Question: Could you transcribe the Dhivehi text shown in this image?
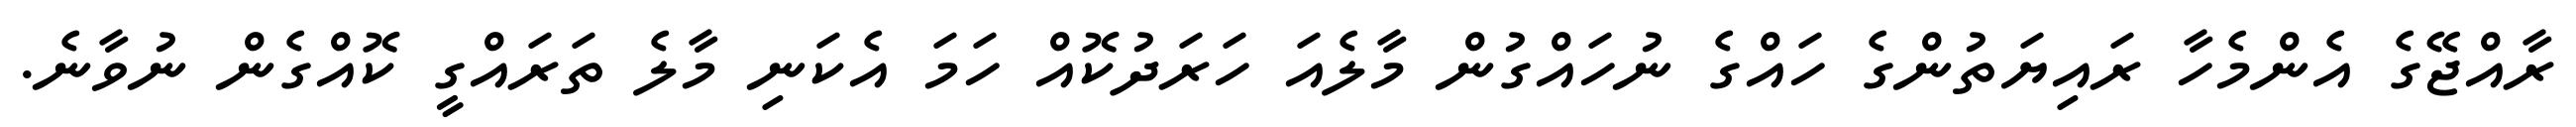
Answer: ރާއްޖޭގެ އެންމެހާ ރައިޔަތުންގެ ހައްގެ ނުހައްގުން މާލެއަ ހަރަދުކޮއް ހަމަ އެކަނި މާލެ ތަރައްގީ ކޮއްގެން ނުވާނެ.